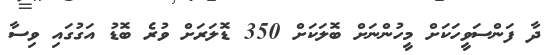
ދާ ފަންސަވީހަކަށް މީހުންނަށް ބޮލަކަށް 350 ޑޮލަރަށް ވުރެ ބޮޑު އަގުގައި ވިސާ